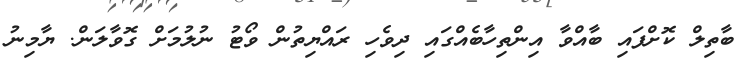
ބާތިލް ކޮށްފައި ބާއްވާ އިންތިހާބެއްގައި ދިވެހި ރައްޔިތުން ވޯޓު ނުލުމަށް ގޮވާލަން. ޔާމިނު